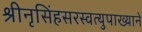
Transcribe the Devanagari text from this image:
श्रीनृसिंहसरस्वत्युपाख्याने